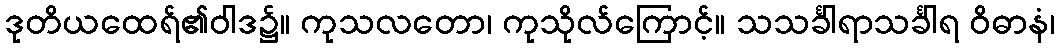
ဒုတိယထေရ်၏ဝါဒ၌။ ကုသလတော၊ ကုသိုလ်ကြောင့်။ သသင်္ခါရာသင်္ခါရ ဝိဓာနံ၊